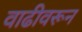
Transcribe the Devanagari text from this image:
वाढीवरून